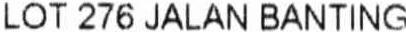
LOT 276 JALAN BANTING